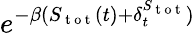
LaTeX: e^{-\beta(S_{\mathrm{~t~o~t~}}(t)+\delta_{t}^{S_{\mathrm{~t~o~t~}}})}